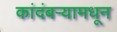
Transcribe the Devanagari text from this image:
कांदंबर्‍यामधून